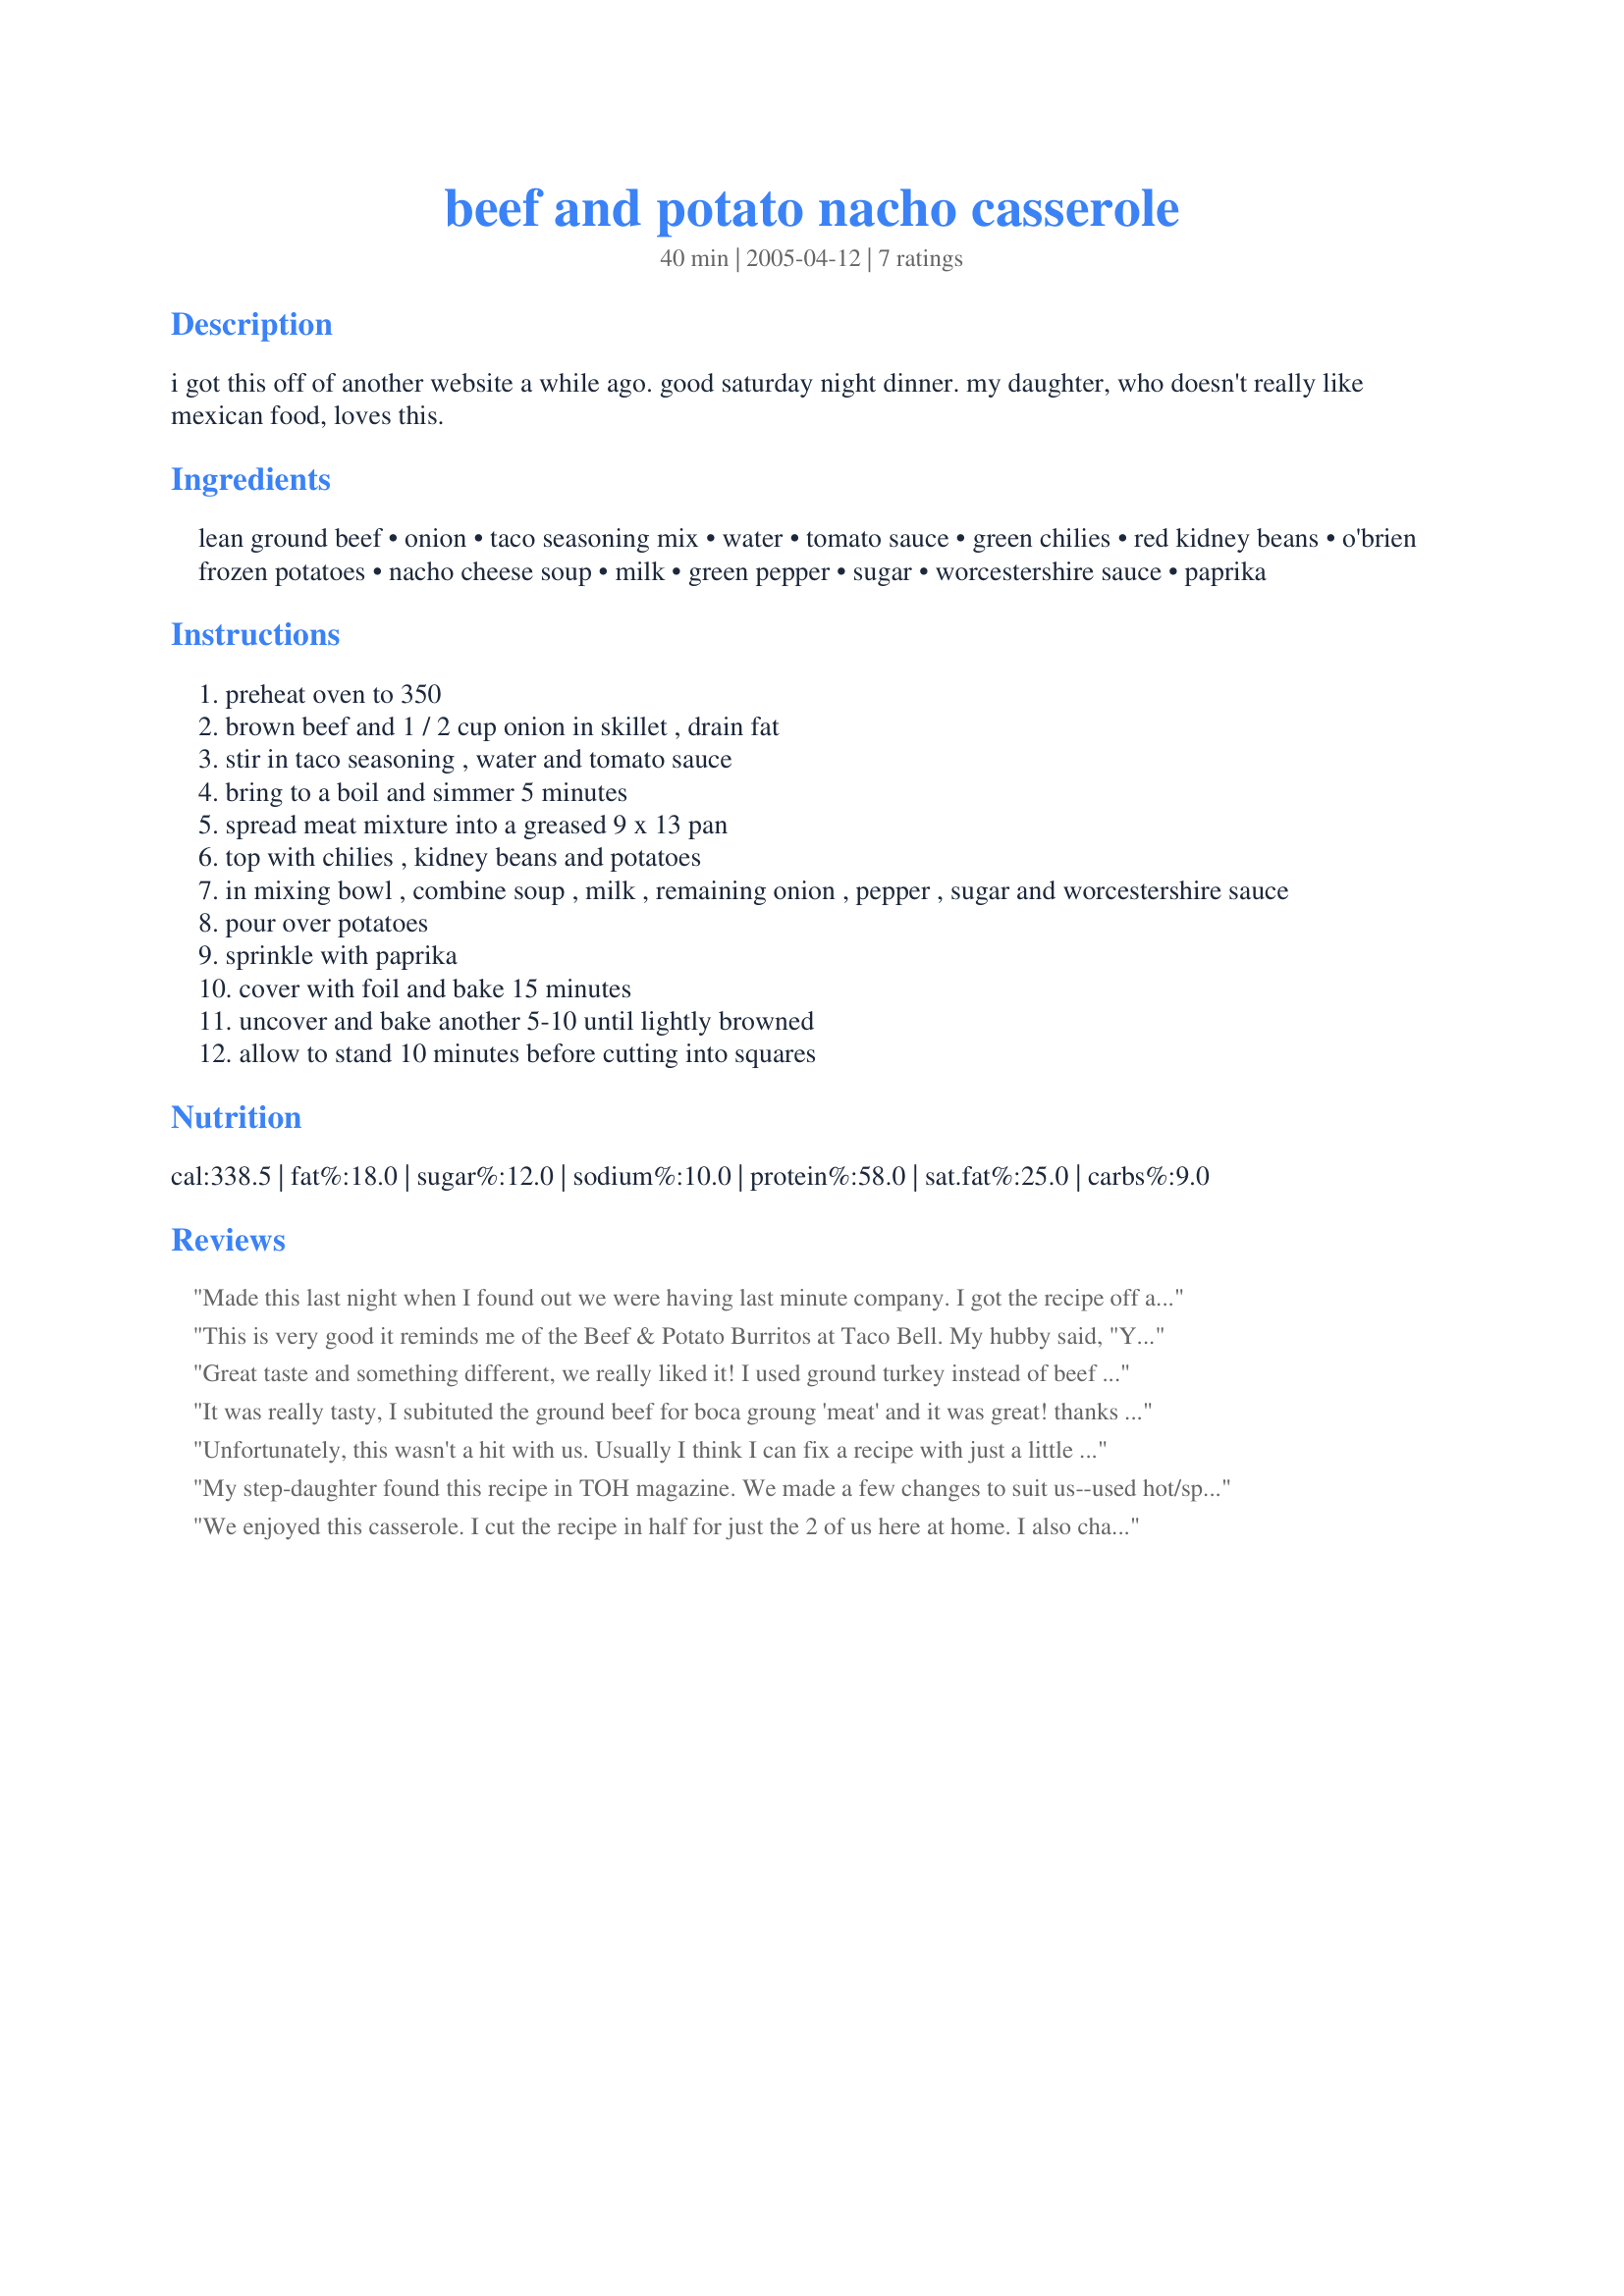
beef and potato nacho casserole
Preparation time: 40 minutes

i got this off of another website a while ago. good saturday night dinner. my daughter, who doesn't really like mexican food, loves this.

Ingredients:
lean ground beef, onion, taco seasoning mix, water, tomato sauce, green chilies, red kidney beans, o'brien frozen potatoes, nacho cheese soup, milk, green pepper, sugar, worcestershire sauce, paprika

Steps:
preheat oven to 350
brown beef and 1 / 2 cup onion in skillet , drain fat
stir in taco seasoning , water and tomato sauce
bring to a boil and simmer 5 minutes
spread meat mixture into a greased 9 x 13 pan
top with chilies , kidney beans and potatoes
in mixing bowl , combine soup , milk , remaining onion , pepper , sugar and worcestershire sauce
pour over potatoes
sprinkle with paprika
cover with foil and bake 15 minutes
uncover and bake another 5-10 until lightly browned
allow to stand 10 minutes before cutting into squares

Reviews:
Made this last night when I found out we were having last minute company. I got the recipe off another site a while back. I cut the ground beef and it's ingredients in half. Cut the potatoes in half as well. Kept the top sauce the same. I used a can of Ranch style beans, rinsed because I was out of pinto beans. We all loved it. We eat a lot of mexican food here in Texas and this was something different, with the potatoes. Next time I may add a little cheese to the top. I was wishing I had some guacamole to go with it, but I served it with nachos. I think Mexicorn would be good with it too. Served 5 adults and 1 child. Thanks for posting, saved me the time!
This is very good it reminds me of the Beef & Potato Burritos at Taco Bell. My hubby said, "You did good again". Oh, forgot to mention I had to cook this about 35 minutes longer than recipe calls for. Thanks!
Great taste and something different, we really liked it! I used ground turkey instead of beef and added some shredded cheese before I put the potatoes on top of the meat. It was a little watery, I may cut back on the water in the meat next time but we will definitely have it again. Thanks Luvin Texas, the time definitely needs to be increased, I baked it 40 minutes with the cover on before uncovering and could have baked longer.
It was really tasty, I subituted the ground beef for boca groung 'meat' and it was great! thanks for the recipe
Unfortunately, this wasn't a hit with us. Usually I think I can fix a recipe with just a little of this or that, but this one was just completely off the mark with us. The cooking time in the recipe was way too short (which I knew from reading the reviews). I went right by the recipe, and I ate mine in a bowl, and my husband and son rolled theirs into a burrito. My 19 month old twins did enjoy it, so they got the leftovers.
My step-daughter found this recipe in TOH magazine. We made a few changes to suit us--used hot/spicy taco seasoning in the meat. Left out the chopped green pepper and sugar. Added a little extra Worcestershire. Our recipe said cover and bake 60 minutes with the rest being the same. I don't think it would have been heated through with less cooking time. Thanks for posting.
We enjoyed this casserole. I cut the recipe in half for just the 2 of us here at home. I also changed around a few things and added a few things to replace ingredients I didn't have. I realized after I had already started the hamburger to fry that I didn't have the frozen potatoes so I used recipe#141239. I added alittle minced garlic to the hamburger meat and lefted the onions and green pepper out since they were in the recipe I subbed with. I omitted the green chilies since I didn't have any. I also used a can of cheddar cheese soup and added half a recipe of recipe#121415 to the soup to make a mexican nacho taste and used whipping cream in place of the milk for a richer flavor and I added the tomato sauce to this mix cause I failed to read to add to the hamburger with the taco seasoning. The casserole turned out GREAT and my Dh and I enjoyed it with some chicken nachos that I had made to go along with this dish. Thank you for sharing your recipe! :)
